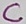
Text: C